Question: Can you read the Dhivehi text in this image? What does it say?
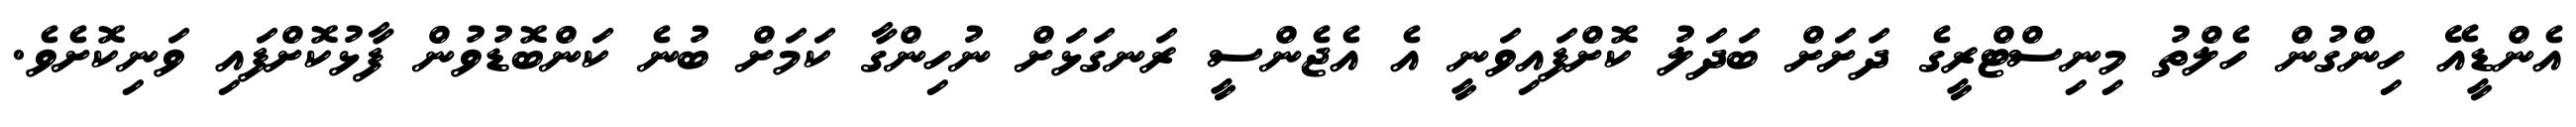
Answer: އެންޑީއޭ ހިންގުން ހެލްތު މިނިސްޓްރީގެ ދަށަށް ބަދަލު ކޮށްފައިވަނީ އެ އެޖެންސީ ރަނގަޅަށް ނުހިންގާ ކަމަށް ބުނެ ކަންބޮޑުވުން ފާޅުކޮށްފައި ވަނިކޮށެވެ.